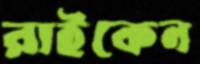
রাইকেন